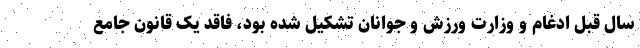
سال قبل ادغام و وزارت ورزش و جوانان تشکیل شده بود، فاقد یک قانون جامع